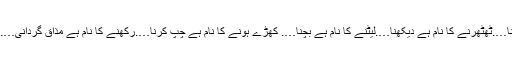
بچنے کا نام ہے رکھنا….ٹھٹھرنے کا نام ہے دیکھنا….لیٹنے کا نام ہے بچنا…. کھڑے ہونے کا نام ہے چپ کرنا….رکھنے کا نام ہے مذاق گردانی….اس کا مطلب بنتا ہے۔